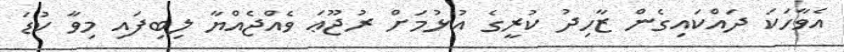
އެވާހަކަ ދައްކައިގެން ޒާހިދު ކުރީގެ އުޅުމަށް ރުޖޫޢަ ވެއްޖެއްޔާ ލިބިފައި މިވާ ކުޑަ